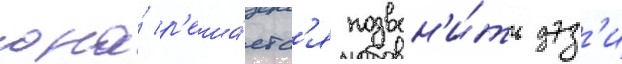
она́ р'еша́етс'я позвон'и́ть дэз'и